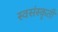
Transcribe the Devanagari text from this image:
स्वसंस्कृती